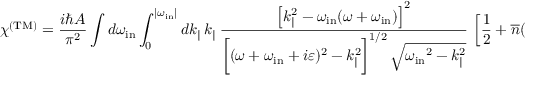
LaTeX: \chi ^ { \mathrm { ( T M ) } } = { \frac { i \hbar A } { \pi ^ { 2 } } } \int d \omega _ { \mathrm { i n } } \int _ { 0 } ^ { | \omega _ { \mathrm { i n } } | } d k _ { \| } \, k _ { \| } \, \frac { \left[ k _ { \| } ^ { 2 } - \omega _ { \mathrm { i n } } ( \omega + \omega _ { \mathrm { i n } } ) \right] ^ { 2 } } { \biggl [ ( \omega + \omega _ { \mathrm { i n } } + i \varepsilon ) ^ { 2 } - k _ { \| } ^ { 2 } \biggr ] ^ { 1 / 2 } \, \sqrt { { \omega _ { \mathrm { i n } } } ^ { 2 } - k _ { \| } ^ { 2 } } } \, \left[ { \frac { 1 } { 2 } } + { \overline { { n } } } ( | \omega _ { \mathrm { i n } } | ) \right] .